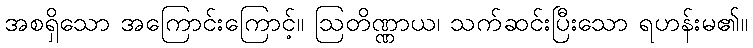
အစရှိသော အကြောင်းကြောင့်။ ဩတိဏ္ဏာယ၊ သက်ဆင်းပြီးသော ရဟန်းမ၏။